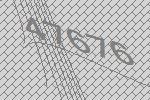
47676